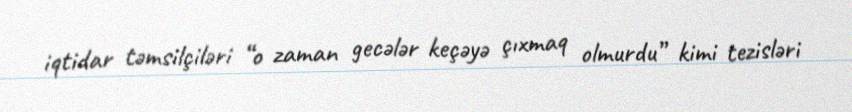
iqtidar təmsilçiləri “o zaman gecələr keçəyə çıxmaq olmurdu” kimi tezisləri